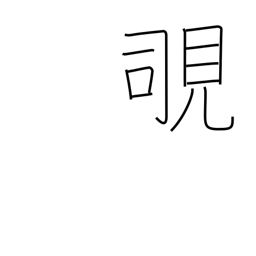
Meaning: peek